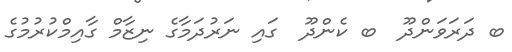
ބ ދަރަވަންދޫ  ބ ކެންދޫ  ގައި ނަރުދަމާގެ ނިޒާމް ގާއިމްކުރުމުގެ